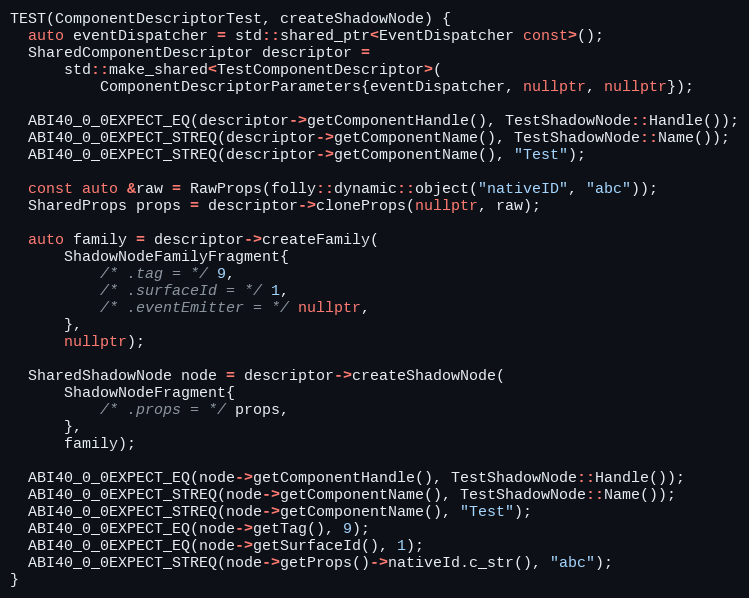
Language: C++
TEST(ComponentDescriptorTest, createShadowNode) {
  auto eventDispatcher = std::shared_ptr<EventDispatcher const>();
  SharedComponentDescriptor descriptor =
      std::make_shared<TestComponentDescriptor>(
          ComponentDescriptorParameters{eventDispatcher, nullptr, nullptr});

  ABI40_0_0EXPECT_EQ(descriptor->getComponentHandle(), TestShadowNode::Handle());
  ABI40_0_0EXPECT_STREQ(descriptor->getComponentName(), TestShadowNode::Name());
  ABI40_0_0EXPECT_STREQ(descriptor->getComponentName(), "Test");

  const auto &raw = RawProps(folly::dynamic::object("nativeID", "abc"));
  SharedProps props = descriptor->cloneProps(nullptr, raw);

  auto family = descriptor->createFamily(
      ShadowNodeFamilyFragment{
          /* .tag = */ 9,
          /* .surfaceId = */ 1,
          /* .eventEmitter = */ nullptr,
      },
      nullptr);

  SharedShadowNode node = descriptor->createShadowNode(
      ShadowNodeFragment{
          /* .props = */ props,
      },
      family);

  ABI40_0_0EXPECT_EQ(node->getComponentHandle(), TestShadowNode::Handle());
  ABI40_0_0EXPECT_STREQ(node->getComponentName(), TestShadowNode::Name());
  ABI40_0_0EXPECT_STREQ(node->getComponentName(), "Test");
  ABI40_0_0EXPECT_EQ(node->getTag(), 9);
  ABI40_0_0EXPECT_EQ(node->getSurfaceId(), 1);
  ABI40_0_0EXPECT_STREQ(node->getProps()->nativeId.c_str(), "abc");
}